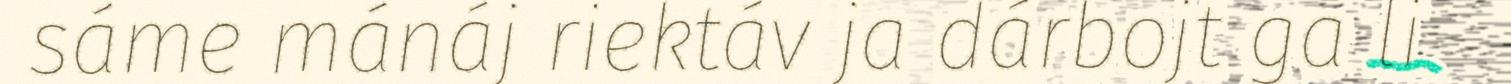
sáme mánáj riektáv ja dárbojt ga li